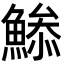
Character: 𩹧